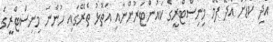
އަދި ކާޑަށް އެދޭ ފޯމް މިނިސްޓްރީގެ ކައުންޓަރުންނާއި އަތޮޅު ތެރޭގައި ހުންނަ މިނިސްޓްރީގެ